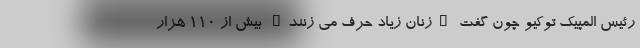
رئیس المپیک توکیو چون گفت "زنان زیاد حرف می زنند" بیش از ۱۱۰ هزار